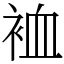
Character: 裇